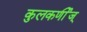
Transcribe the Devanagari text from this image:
कुलकर्णीज्